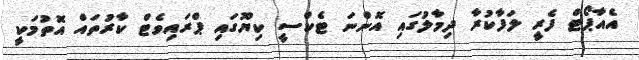
އެއާޕޯޓް ފެރީ ލަފާކުރާ ދިމާލުގައި އޮންނަ ޓެކްސީ ކިޔޫގައި ޕްރައިވެޓް ކާރުތައް އޮތުމަކީ